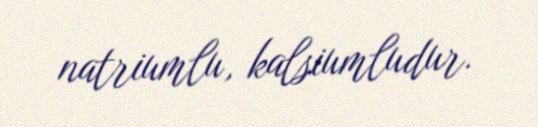
natriumlu, kalsiumludur.